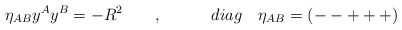
\begin{align*}\eta _{AB}y^Ay^B=-R^2\quad \quad ,\qquad \quad diag\quad \eta_{AB}=(--+++)\end{align*}